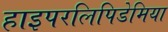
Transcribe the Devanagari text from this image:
हाइपरलिपिडेमिया